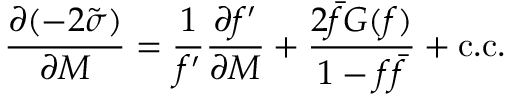
\frac { \partial ( - 2 \tilde { \sigma } ) } { \partial M } = \frac { 1 } { f ^ { \prime } } \frac { \partial f ^ { \prime } } { \partial M } + \frac { 2 \bar { f } G ( f ) } { 1 - f \bar { f } } + \mathrm { c . c . }